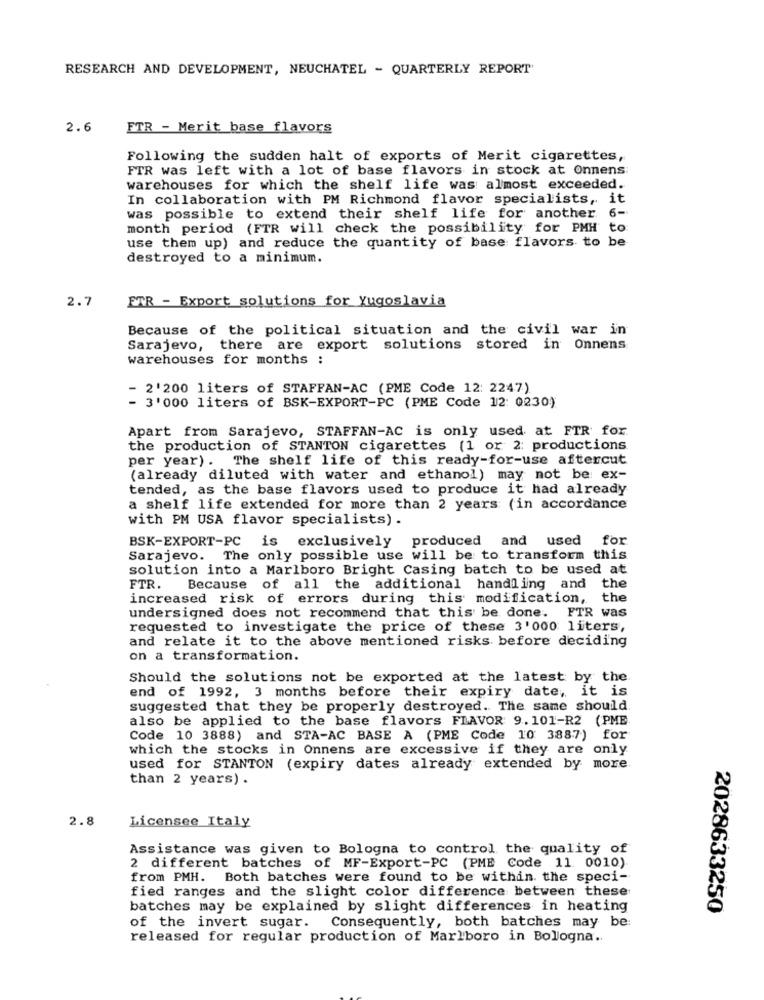
RESEARCH AND DEVELOPMENT, NEUCHATEL - QUARTERLY REPORT'
2.6
FTR - Merit base flavors
Following the sudden halt of exports of Merit cigarettes,
FTR was left with a lot of base flavors in stock at Onnens
warehouses for which the shelf life was almost exceeded.
In collaboration with PM Richmond flavor specialists, it
was possible to extend their shelf life for another 6-
month period (FTR will check the possibility for PMH to
use them up) and reduce the quantity of base flavors to be
destroyed to a minimum.
2.7
ETR - Export solutions for Yugoslavia
Because of the political situation and the civil war in
Sarajevo, there are export solutions stored in Onnens
warehouses for months :
- 2'200 liters of STAFFAN-AC (PME Code 12: 2247)
- 3'000 liters of BSK-EXPORT-PC (PME Code 12: 0230)
Apart from Sarajevo, STAFFAN-AC is only used at FTR for
the production of STANTON cigarettes (1 or 2: productions
per year). The shelf life of this ready-for-use aftercut
(already diluted with water and ethanol) may not be ex-
tended, as the base flavors used to produce it had already
a shelf life extended for more than 2 years (in accordance
with PM USA flavor specialists) .
BSK-EXPORT-PC is exclusively produced
and used for
Sarajevo. The only possible use will be to transform this
solution into a Marlboro Bright Casing batch to be used at
FTR.
Because of all the additional handling and the
increased risk of errors during this modification, the
undersigned does not recommend that this be done. FTR was
requested to investigate the price of these 3'000 liters,
and relate it to the above mentioned risks before deciding
on a transformation.
Should the solutions not be exported at the latest by the
end of 1992, 3 months before their expiry date, it is
suggested that they be properly destroyed. The same should
also be applied to the base flavors FLAVOR 9.101-R2 (PME
Code 10 3888) and STA-AC BASE A (PME Code 10 3887) for
which the stocks in Onnens are excessive if they are only
used for STANTON (expiry dates already extended by more
than 2 years) .
2.8
Licensee Italy
Assistance was given to Bologna to control the quality of
2 different batches of MF-Export-PC (PME Code 11. 0010)
from PMH. Both batches were found to be within the speci-
fied ranges and the slight color difference between these
batches may be explained by slight differences in heating
2028633250
of the invert sugar. Consequently, both batches may be:
released for regular production of Marlboro in Bologna ..